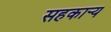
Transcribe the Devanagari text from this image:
सहकार्‍य